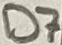
Text: D7